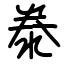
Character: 𣳾